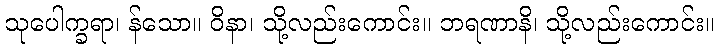
သုပေါက္ခရာ၊ န်သော။ ဝိနာ၊ သို့လည်းကောင်း။ ဘရဏာနိ၊ သို့လည်းကောင်း။